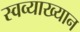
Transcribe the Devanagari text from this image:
स्वव्याख्यान